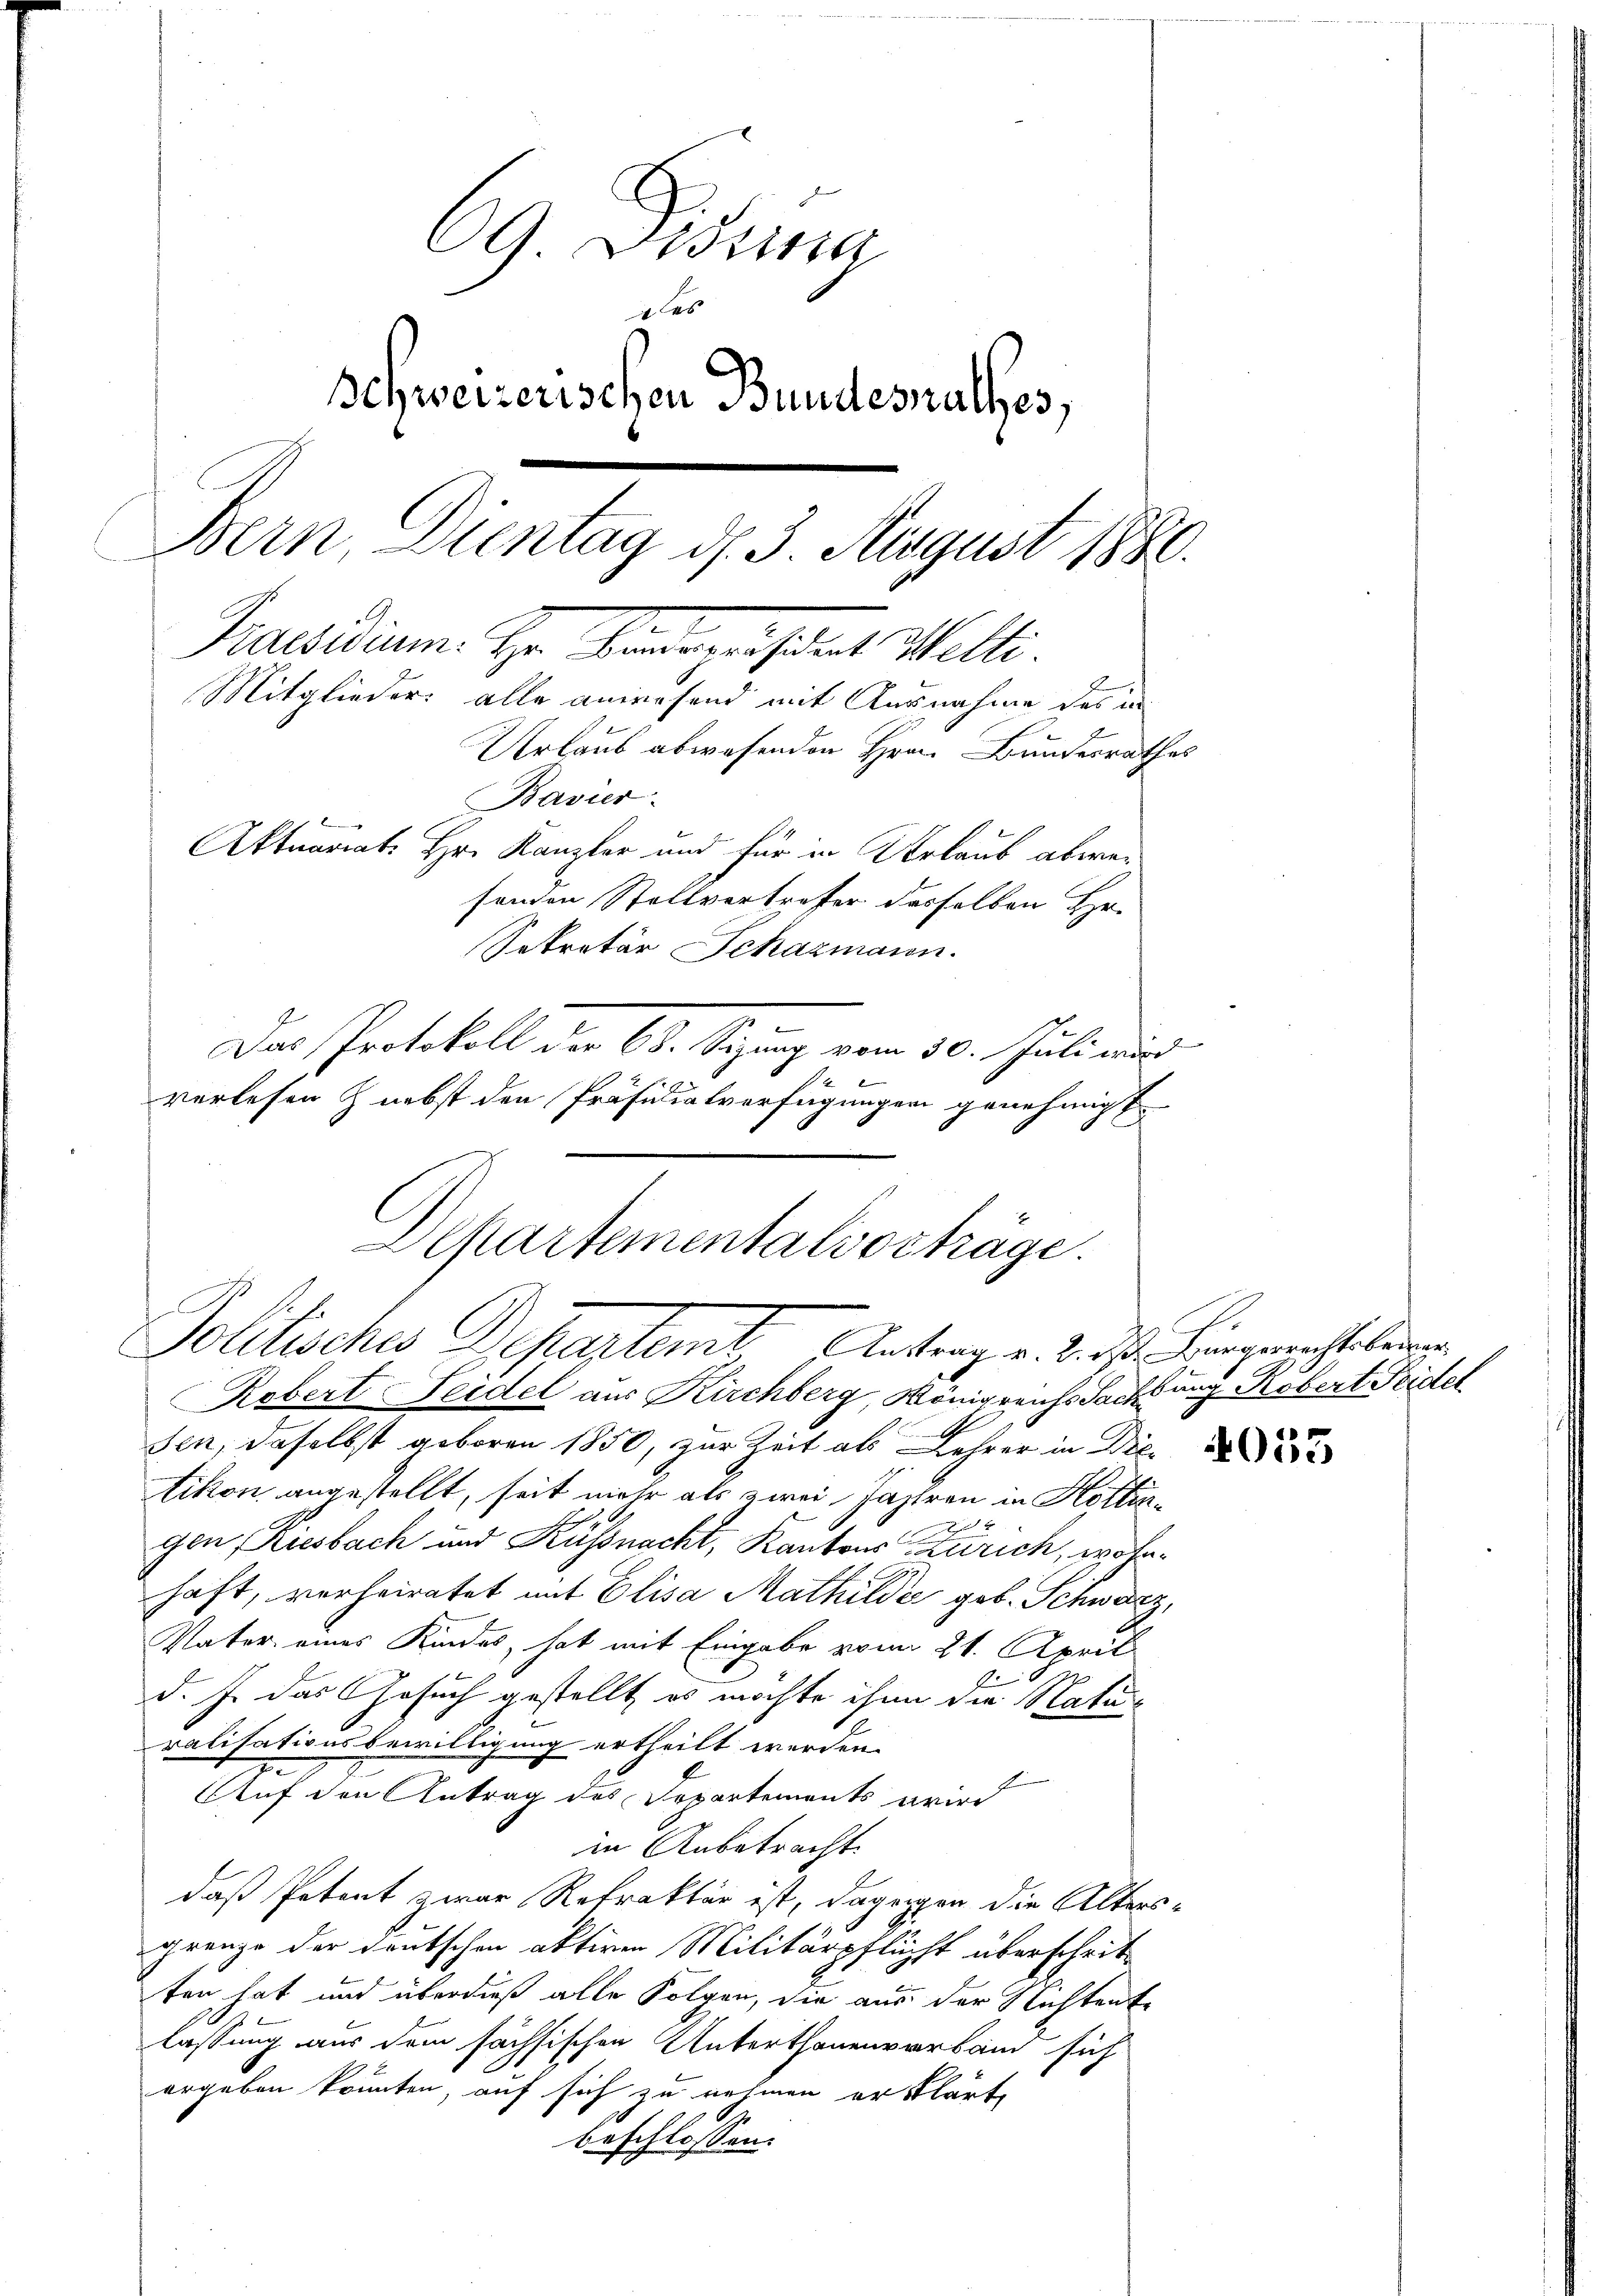
69 Visita
 les
Schweizerischen Bundesrathes,
Bern, Dientag d. 3 August 1880.
Praesidium. Hr. Vorzustrat Welti.
Mitglieder: alle anwesend mit Ausnahme des in
Urlaus abwesenden Hrn. Bundesrathes
Bavier
Aktuariat Hr. Kanzler und für in Verlaub abwesonden Stellvertreter dasselben Hr.
Sekretär Schazmann.
Das Protokoll der 60. Segung vom 30. Juliu
e
verlesen & nebst den Präsidialverfügungen genehmigt.

Robert Seidel aus Kirchberg, Königreichs Sachsung Robert Feidel
sen, daselbst geboren 1850, zur Zeit als Lehrer in Dietikon angestellt, seit mehr als zwei Jahren in Hottin¬

gen, Riesbach und Küssnacht, Kantons Zürich, wohnhaft, verheiratet mit Elisa Mathilde geb. Schwarz,
Vater eines Kindes, hat mit Eingabe vom 21. April
d. J. das Gesuch gestellt, es möchte ihn die Natur
ralisationsbewilligung ertheilt werden.
Auf den Antrag des Dopartements wird
in Anbetracht.
daß Petent zwar Refrakter ist, dagegen die Altersgrenze der deutschen aktiven Militärpflicht überschrit-
ter hat und überdieß alle Folgen, die aus der Nichtente
lassung aus dem sächsischen Unterthanenverband sich
ergeben könnten, auf sich zu nehmen er klärte
beschlossen:

Departementalvorträge.
Politisches Departemt, Antrag v. Bist eingerechtleren

F

4053